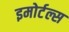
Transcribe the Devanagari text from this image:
इमोर्टल्स